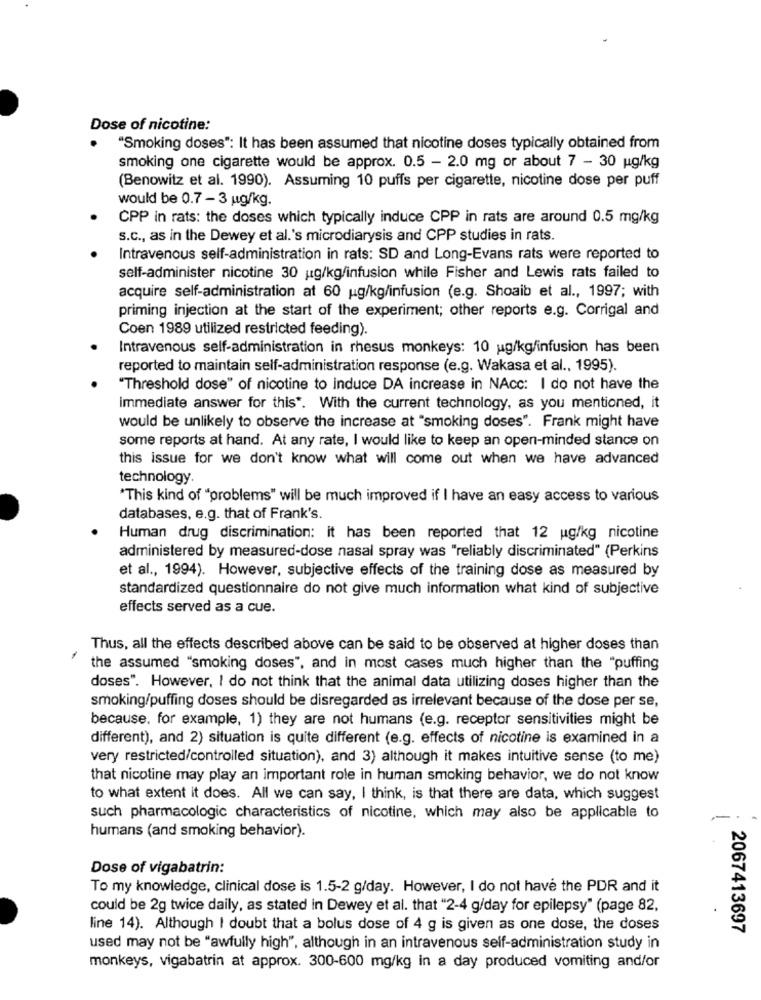
Dose of nicotine:
"Smoking doses": It has been assumed that nicotine doses typically obtained from
smoking one cigarette would be approx. 0.5 - 2.0 mg or about 7 - 30 ug/kg
(Benowitz et al. 1990). Assuming 10 puffs per cigarette, nicotine dose per puff
would be 0.7 -3 ug/kg.
CPP in rats: the doses which typically induce CPP in rats are around 0.5 mg/kg
s.c ., as in the Dewey et al.'s microdiarysis and CPP studies in rats.
Intravenous self-administration in rats: SD and Long-Evans rats were reported to
self-administer nicotine 30 ug/kg/infusion while Fisher and Lewis rats failed to
acquire self-administration at 60 ug/kg/infusion (e.g. Shoaib et al ., 1997; with
priming injection at the start of the experiment; other reports e.g. Corrigal and
Coen 1989 utilized restricted feeding).
Intravenous self-administration in rhesus monkeys: 10 ug/kg/infusion has been
reported to maintain self-administration response (e.g. Wakasa et al ., 1995).
"Threshold dose" of nicotine to induce DA increase in NAcc: I do not have the
immediate answer for this *. With the current technology, as you mentioned, it
would be unlikely to observe the increase at "smoking doses". Frank might have
some reports at hand. At any rate, I would like to keep an open-minded stance on
this issue for we don't know what will come out when we have advanced
technology.
*This kind of "problems" will be much improved if I have an easy access to various
databases, e.g. that of Frank's.
Human drug discrimination: it has been reported that 12 ug/kg nicotine
administered by measured-dose nasal spray was "reliably discriminated" (Perkins
et al ., 1994). However, subjective effects of the training dose as measured by
standardized questionnaire do not give much information what kind of subjective
effects served as a cue.
Thus, all the effects described above can be said to be observed at higher doses than
1
the assumed "smoking doses", and in most cases much higher than the "puffing
doses". However, I do not think that the animal data utilizing doses higher than the
smoking/puffing doses should be disregarded as irrelevant because of the dose per se,
because. for example, 1) they are not humans (e.g. receptor sensitivities might be
different), and 2) situation is quite different (e.g. effects of nicotine is examined in a
very restricted/controlled situation), and 3) although it makes intuitive sense (to me)
that nicotine may play an important role in human smoking behavior, we do not know
to what extent it does. All we can say, I think, is that there are data, which suggest
such pharmacologic characteristics of nicotine, which may also be applicable to
humans (and smoking behavior).
Dose of vigabatrin:
To my knowledge, clinical dose is 1.5-2 g/day. However, I do not have the PDR and it
could be 2g twice daily, as stated in Dewey et al. that "2-4 g/day for epilepsy" (page 82,
line 14). Although I doubt that a bolus dose of 4 g is given as one dose, the doses
2067413697
used may not be "awfully high", although in an intravenous self-administration study in
monkeys, vigabatrin at approx. 300-600 mg/kg in a day produced vomiting and/or